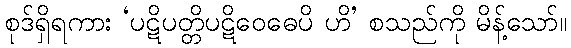
စုဒ်ရှိရကား ‘ပဋိပတ္တိပဋိဝေဓေပိ ဟိ’ စသည်ကို မိန့်သော်။